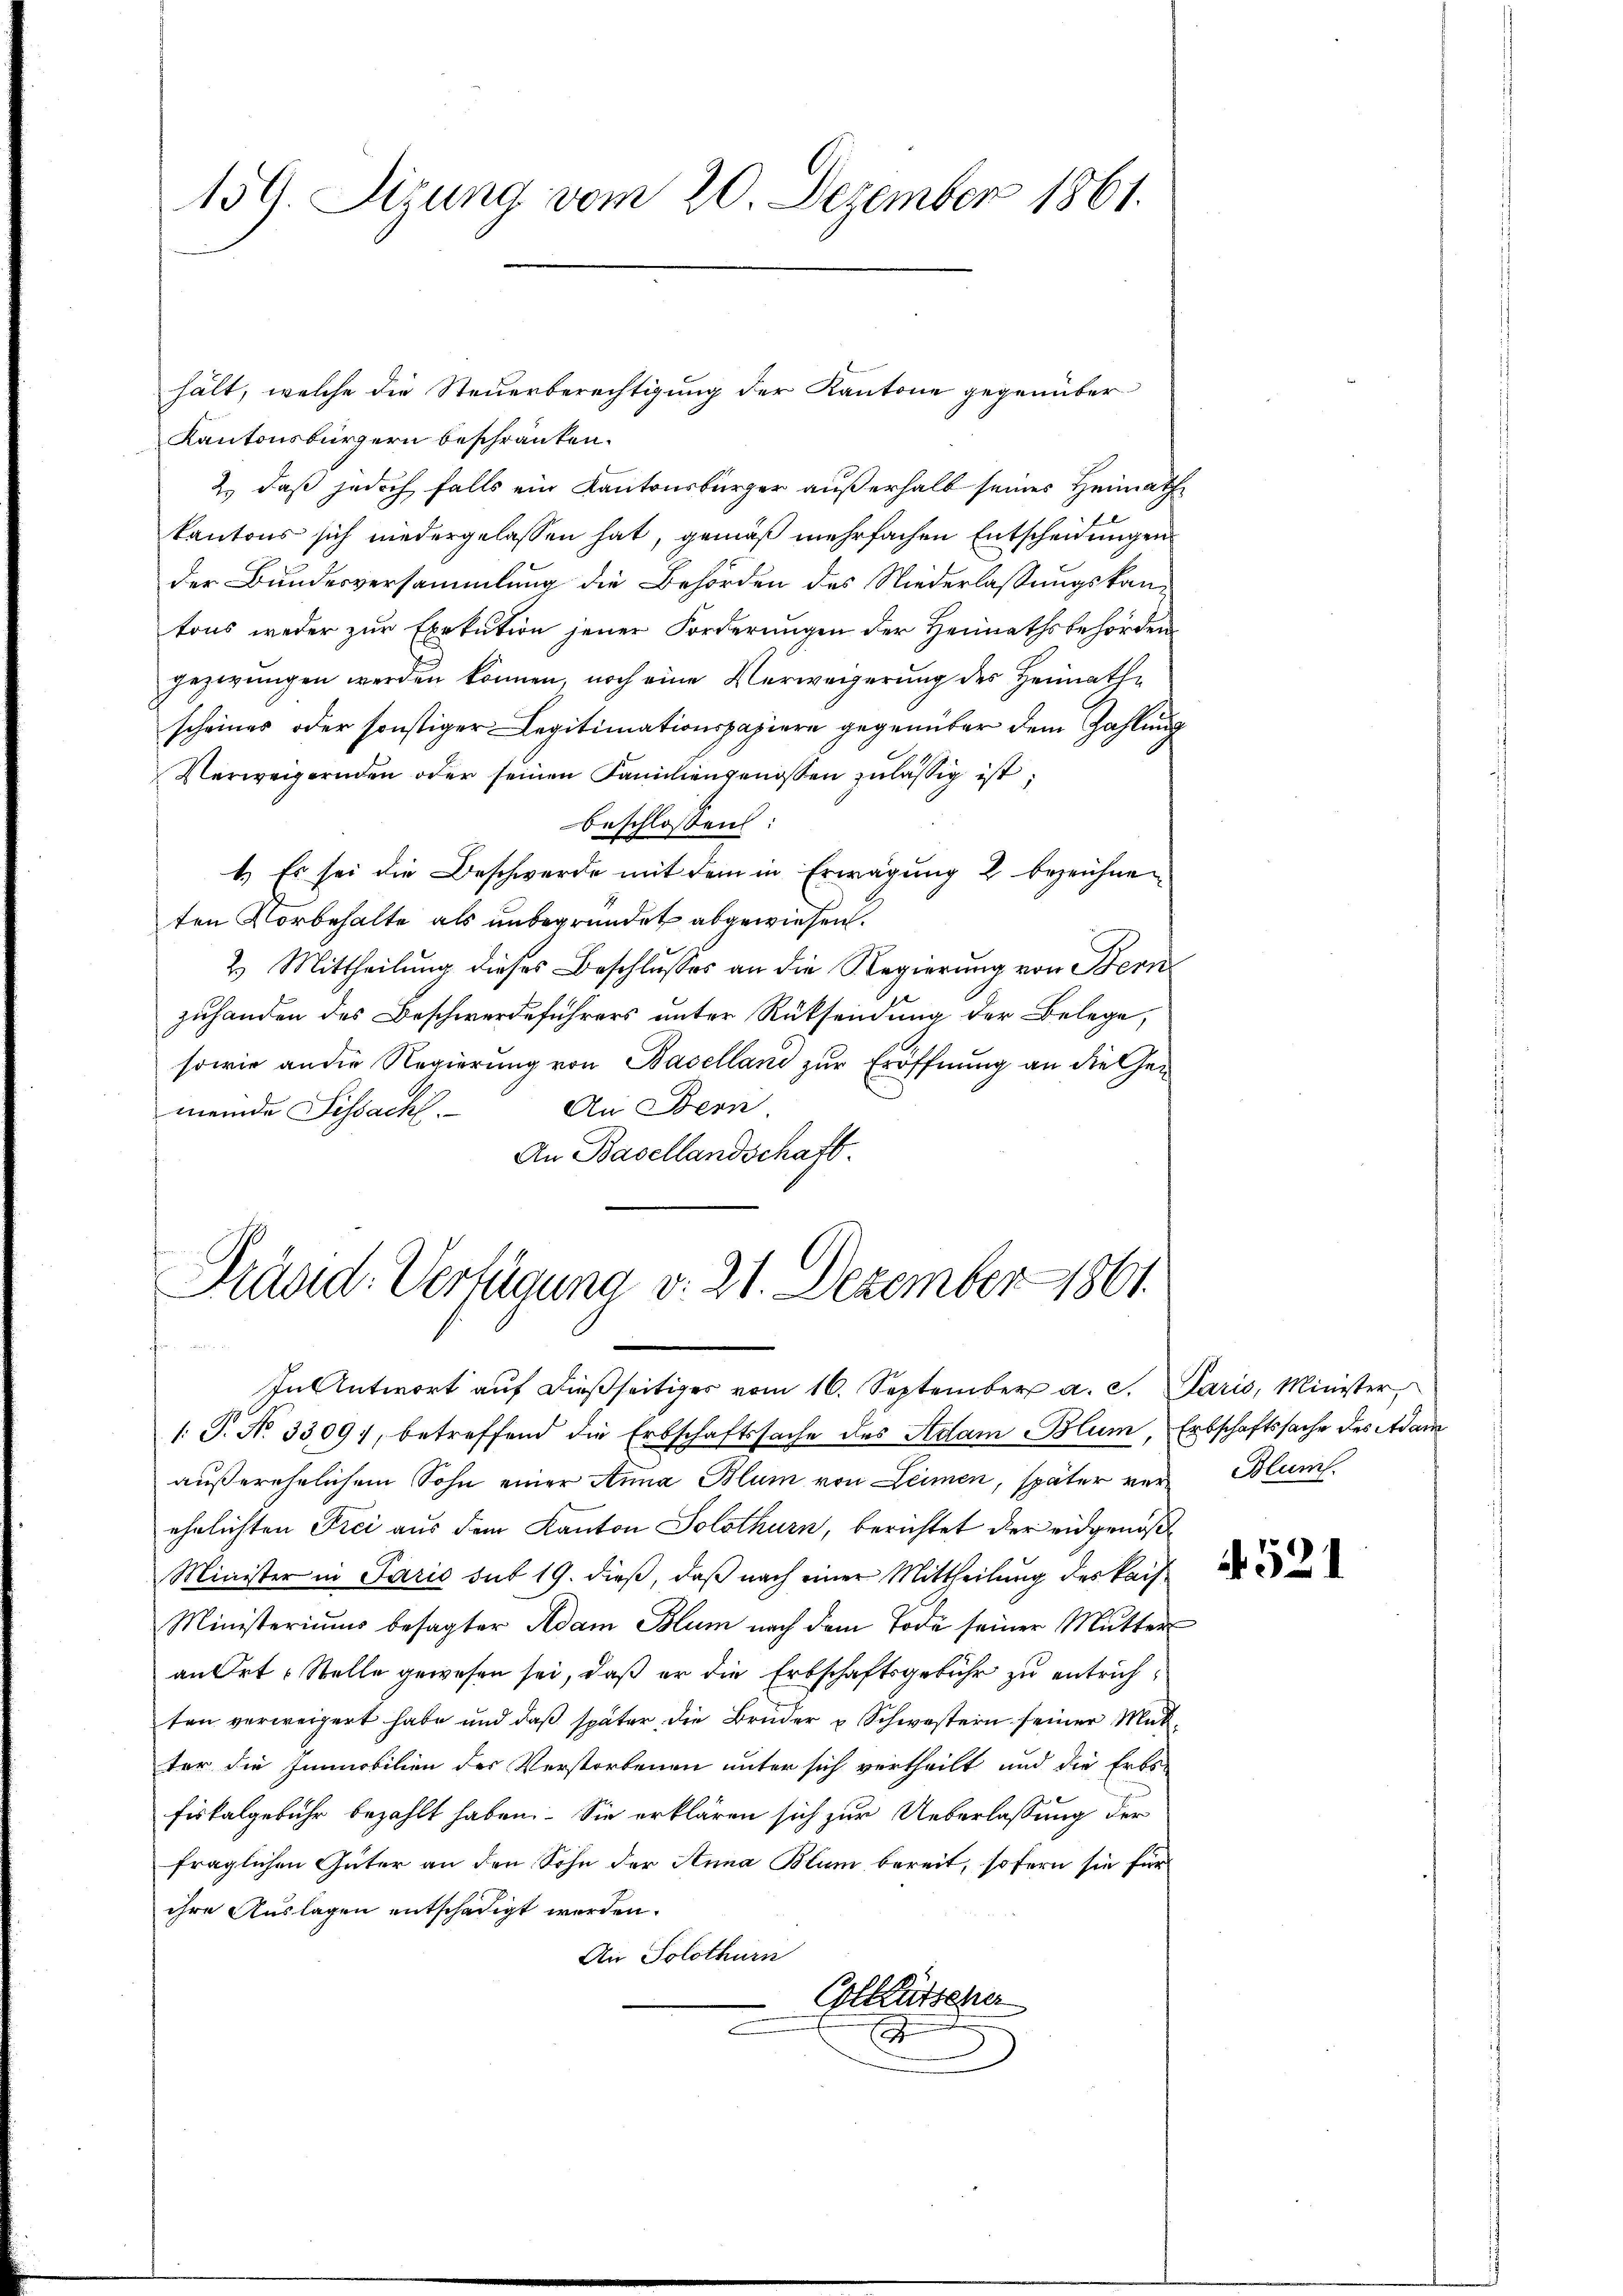
159. Sizung vom 20. Dezember 1861.

hält, welche die Steuerberechtigung der Kantone gegenüber
Kantonsbürgern beschränken.
2.) daß jedoch falls ein Kantonsbürger außerhalb seiner Heimath
kantons sich niedergelassen hat, gemäß mehrfachen Entscheidungen
der Bundesversammlung die Behörden des Niederlassungskantons weder zur Exekution jener Forderungen der Heimathsbehörden
gezerungen werden können, noch eine Verweigerung des Heimathe
scheines oder sonstiger Legitimationspapiere gegenüber dem Zahlung
Verweigernden oder seinen Familiengenossen zulässig ist
beschlossen:
1.) Es sei die Beschwerde mit dem in Erwägung 2 bezeichneten Vorbehalte als unbegründet abgewiesen.
2. Mittheilung dieses Beschlusses an die Regierung von Bern
zuhanden des Beschwerdeführers unter Rücksendung der Belege,
sowie an die Regierung von Baselland zur Eröffnung an die Ge¬
An Bern.
meinde Sissacht.
An Basellandschaft.

1. P. No 3309), betreffend die Erbschaftssache des Adam Blum, Erbschaftssache des Adam
außerehrlichem Sohn einer Anna Blum von Leimen, später vor Blum
ehelichten Frei aus dem Kanton Solothurn, berichtet der eidgenöß
Minister in Paris sub 19. dieß, daß nach einer Mittheilung des Kais
Ministeriums besagter Adam Blum nach dem Tode seiner Mutter
an Ort Stelle gewesen sei, daß er die Erbschaftsgebühr zu entrichten verweigert habe und das später die Brüder u Schwestern seiner Matter die Immobilien des Verstorbenen unter sich vertheilt und die Erbs-
fiskalgebühr bezahlt haben. Sie erklären sich zur Ueberlassung der
fraglichen Güter an den Sohn der Anna Blurn bereit, sofern sie für
ihre Auslagen entschädigt werden.
An Solothurn
Colleutscher
2

Pränd-Verfügung v. 21. Dezember 1861.

In Antwort auf dießseitiges vom 16. September a. c. Paris, Minister,

4521